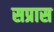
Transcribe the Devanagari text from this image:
सप्रास